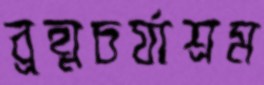
ব্রহ্মচর্যাশ্রম